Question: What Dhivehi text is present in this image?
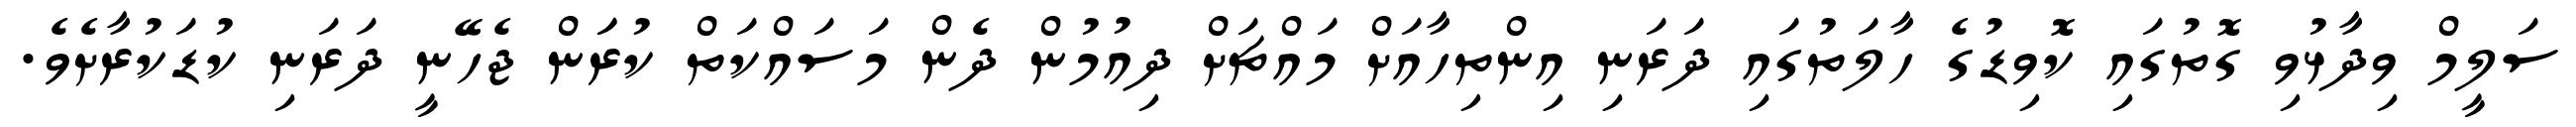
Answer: ސަލީމް ވިދާޅުވި ގޮތުގައި ކޮވިޑުގެ ހާލަތުގައި ދަރަނި އިންތިހާއަށް މައްޗަށް ދިއުމުން ދެން މަސައްކަތް ކުރަަން ޖެހޭނީ ދަރަނި ކުޑަކުރާށެވެ.